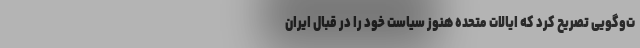
ت‌وگویی تصریح کرد که ایالات متحده هنوز سیاست خود را در قبال ایران